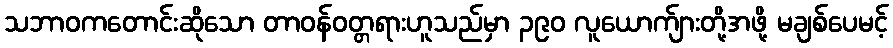
သဘာဝကတောင်းဆိုသော တာဝန်ဝတ္တရားဟူသည်မှာ ၃၉၀ လူယောက်ျားတို့အဖို့ မချစ်ပေမင့်